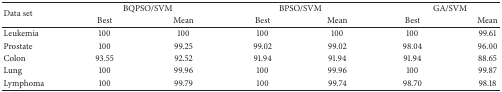
<table><thead><tr><td rowspan="2"><b>Data set</b></td><td colspan="2"><b>BQPSO/SVM</b></td><td colspan="2"><b>BPSO/SVM</b></td><td colspan="2"><b>GA/SVM</b></td></tr><tr><td><b>Best</b></td><td><b>Mean</b></td><td><b>Best</b></td><td><b>Mean</b></td><td><b>Best</b></td><td><b>Mean</b></td></tr></thead><tbody><tr><td>Leukemia</td><td>100</td><td>100</td><td>100</td><td>100</td><td>100</td><td>99.61</td></tr><tr><td>Prostate</td><td>100</td><td>99.25</td><td>99.02</td><td>99.02</td><td>98.04</td><td>96.00</td></tr><tr><td>Colon</td><td>93.55</td><td>92.52</td><td>91.94</td><td>91.94</td><td>91.94</td><td>88.65</td></tr><tr><td>Lung</td><td>100</td><td>99.96</td><td>100</td><td>99.96</td><td>100</td><td>99.87</td></tr><tr><td>Lymphoma</td><td>100</td><td>99.79</td><td>100</td><td>99.74</td><td>98.70</td><td>98.18</td></tr></tbody></table>